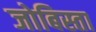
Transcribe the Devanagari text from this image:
जोबिस्ता